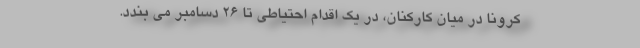
کرونا در میان کارکنان، در یک اقدام احتیاطی تا ۲۶ دسامبر می بندد.